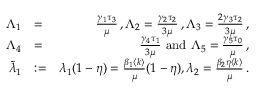
\begin{array} { r l r } { \Lambda _ { 1 } } & { = } & { \frac { \gamma _ { 1 } \tau _ { 3 } } { \mu } \, , \Lambda _ { 2 } = \frac { \gamma _ { 2 } \tau _ { 2 } } { 3 \mu } \, , \Lambda _ { 3 } = \frac { 2 \gamma _ { 3 } \tau _ { 2 } } { 3 \mu } \, , } \\ { \Lambda _ { 4 } } & { = } & { \frac { \gamma _ { 4 } \tau _ { 1 } } { 3 \mu } \mathrm { ~ a n d ~ } \Lambda _ { 5 } = \frac { \gamma _ { 5 } \tau _ { 0 } } { \mu } \, , } \\ { \tilde { \lambda } _ { 1 } } & { : = } & { { \lambda _ { 1 } ( 1 - \eta ) } = \frac { \beta _ { 1 } \langle k \rangle } { \mu } ( 1 - \eta ) , \lambda _ { 2 } = \frac { \beta _ { 2 } \eta \langle k \rangle } { \mu } \, . } \end{array}